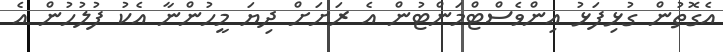
އެގޮތުން ގުޅިފަޅު އިންވެސްޓްމަންޓުން އެ ރަށަށް ދިޔަ މީހުންނާ އެކު ފުލުހުން އެ